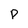
Character: P